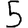
Digit: 5